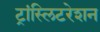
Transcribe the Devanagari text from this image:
ट्रांस्लिटरेशन